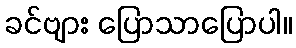
ခင်ဗျား ပြောသာပြောပါ။